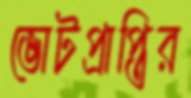
ভোটপ্রাপ্তির